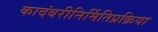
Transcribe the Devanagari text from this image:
कादंबरीनिर्मितिप्रक्रिया